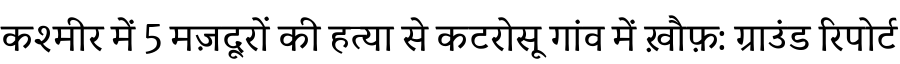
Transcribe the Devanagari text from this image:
कश्मीर में 5 मज़दूरों की हत्या से कटरोसू गांव में ख़ौफ़: ग्राउंड रिपोर्ट